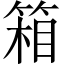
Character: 箱